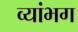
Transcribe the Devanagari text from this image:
व्यांभग